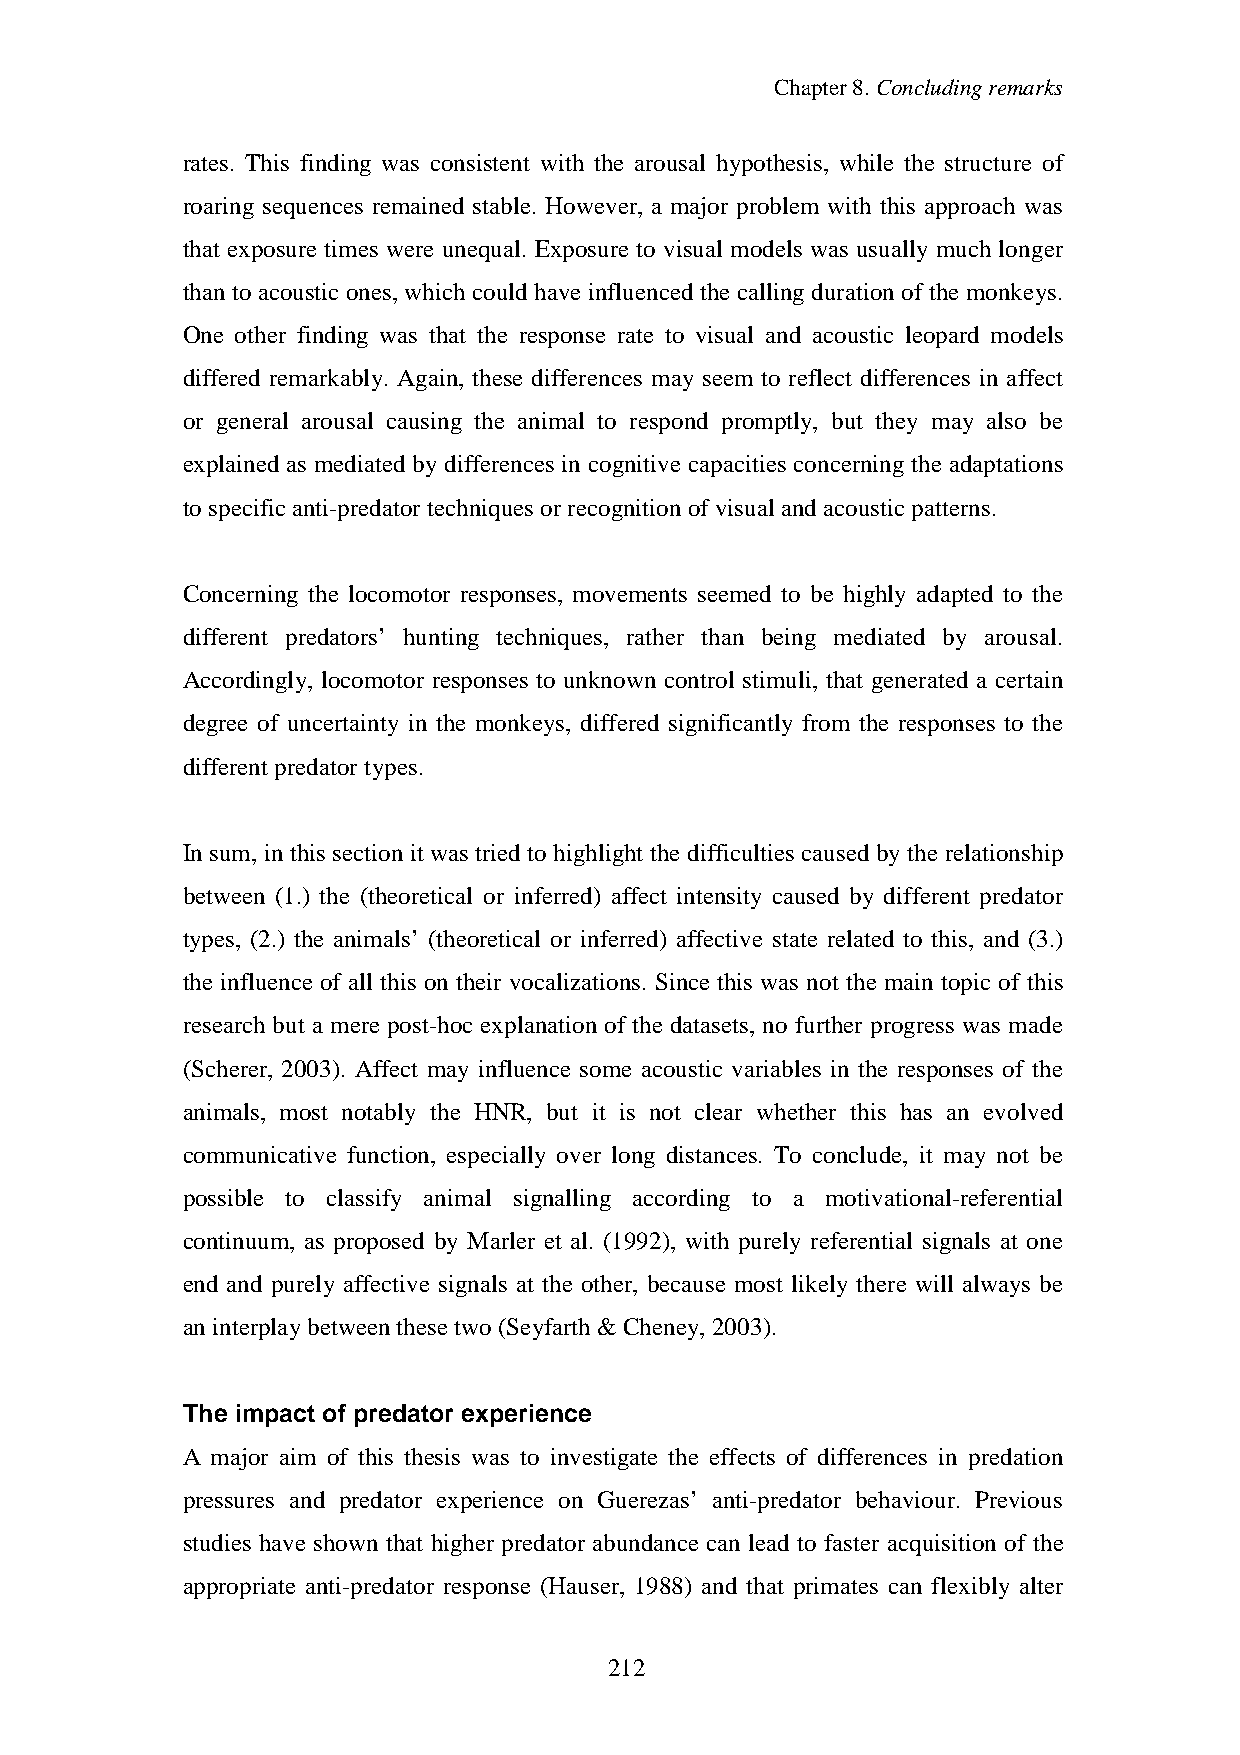
Chapter8.Concludingremarks
 rates. This finding was consistent with the arousal hypothesis, while the structure of
 roaring sequences remained stable. However, a major problem with this approach was
 that exposure times were unequal. Exposure to visual models was usually much longer
 than to acoustic ones, which could have influenced the callingduration of the monkeys.
 One other finding was that the response rate to visual and acoustic leopard models
 differed remarkably. Again, these differences may seem to reflect differences in affect
 or general arousal causing the animal to respond promptly, but they may also be
 explained as mediated by differences in cognitive capacities concerning the adaptations
 tospecificanti-predatortechniques orrecognition ofvisual andacousticpatterns.
 Concerning the locomotor responses, movements seemed to be highly adapted to the
 different predators’ hunting techniques, rather than being mediated by arousal.
 Accordingly, locomotor responses to unknown control stimuli, that generated a certain
 degree of uncertainty in the monkeys, differed significantly from the responses to the
 different predatortypes.
 In sum, in this sectionit was tried to highlight the difficulties caused bythe relationship
 between (1.) the (theoretical or inferred) affect intensity caused by different predator
 types, (2.) the animals’ (theoretical or inferred) affective state related to this, and (3.)
 the influence of all this on their vocalizations. Since this was not the main topic of this
 research but a mere post-hoc explanation of the datasets, no further progress was made
 (Scherer, 2003). Affect may influence some acoustic variables in the responses of the
 animals, most notably the HNR, but it is not clear whether this has an evolved
 communicative function, especially over long distances. To conclude, it may not be
 possible to classify animal signalling according to a motivational-referential
 continuum, as proposed by Marler et al. (1992), with purely referential signals at one
 end and purely affective signals at the other, because most likely there will always be
 aninterplaybetweenthesetwo(Seyfarth&Cheney, 2003).
 The impact of predator experience
 A major aim of this thesis was to investigate the effects of differences in predation
 pressures and predator experience on Guerezas’ anti-predator behaviour. Previous
 studies have shown that higher predator abundance can lead to faster acquisition of the
 appropriate anti-predator response (Hauser, 1988) and that primates can flexibly alter
 220152